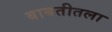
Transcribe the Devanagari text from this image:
बाबतीतला